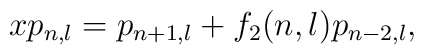
xp_{n,l}=p_{n+1,l}+f_{2}(n,l)p_{n-2,l},